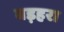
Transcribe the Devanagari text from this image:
बड़हरा